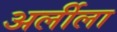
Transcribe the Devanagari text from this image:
अर्लीला